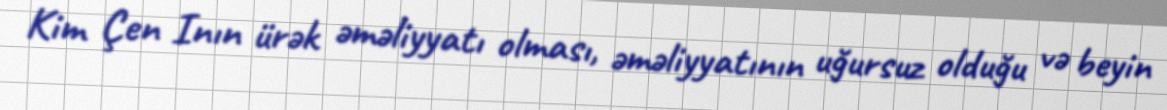
Kim Çen Inın ürək əməliyyatı olması, əməliyyatının uğursuz olduğu və beyin